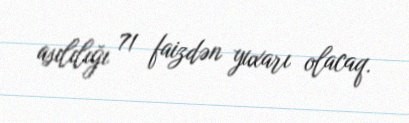
asılılığı 71 faizdən yuxarı olacaq.